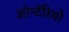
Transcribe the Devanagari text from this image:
ओन्टॅरियो